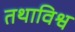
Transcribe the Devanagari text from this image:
तथाविश्व